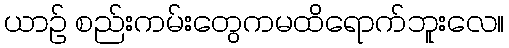
ယာဉ် စည်းကမ်းတွေကမထိရောက်ဘူးလေ။